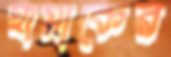
হামাকের